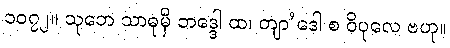
၁၀၇၂။ သုဘေ သာဓုမှိ ဘဒ္ဒေါ ထ၊ တျာ’ဒေါ စ ဝိပုလေ ဗဟု။